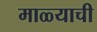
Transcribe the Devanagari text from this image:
माळ्याची